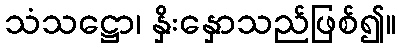
သံသဋ္ဌော၊ နှိးနှောသည်ဖြစ်၍။